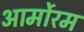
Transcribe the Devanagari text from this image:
आर्मोरम